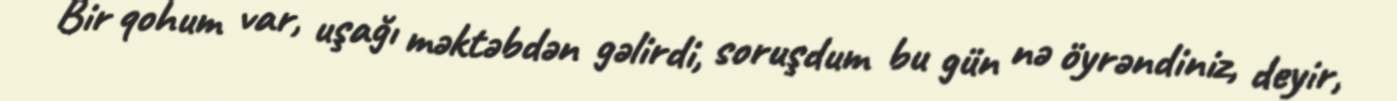
Bir qohum var, uşağı məktəbdən gəlirdi, soruşdum bu gün nə öyrəndiniz, deyir,